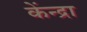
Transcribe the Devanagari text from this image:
केंन्द्रा